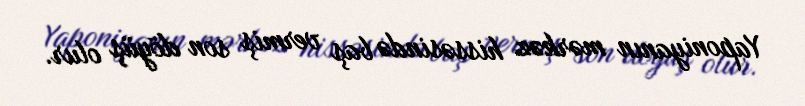
Yaponiyanın mərkəz hissəsində baş vermiş son döyüş olur.